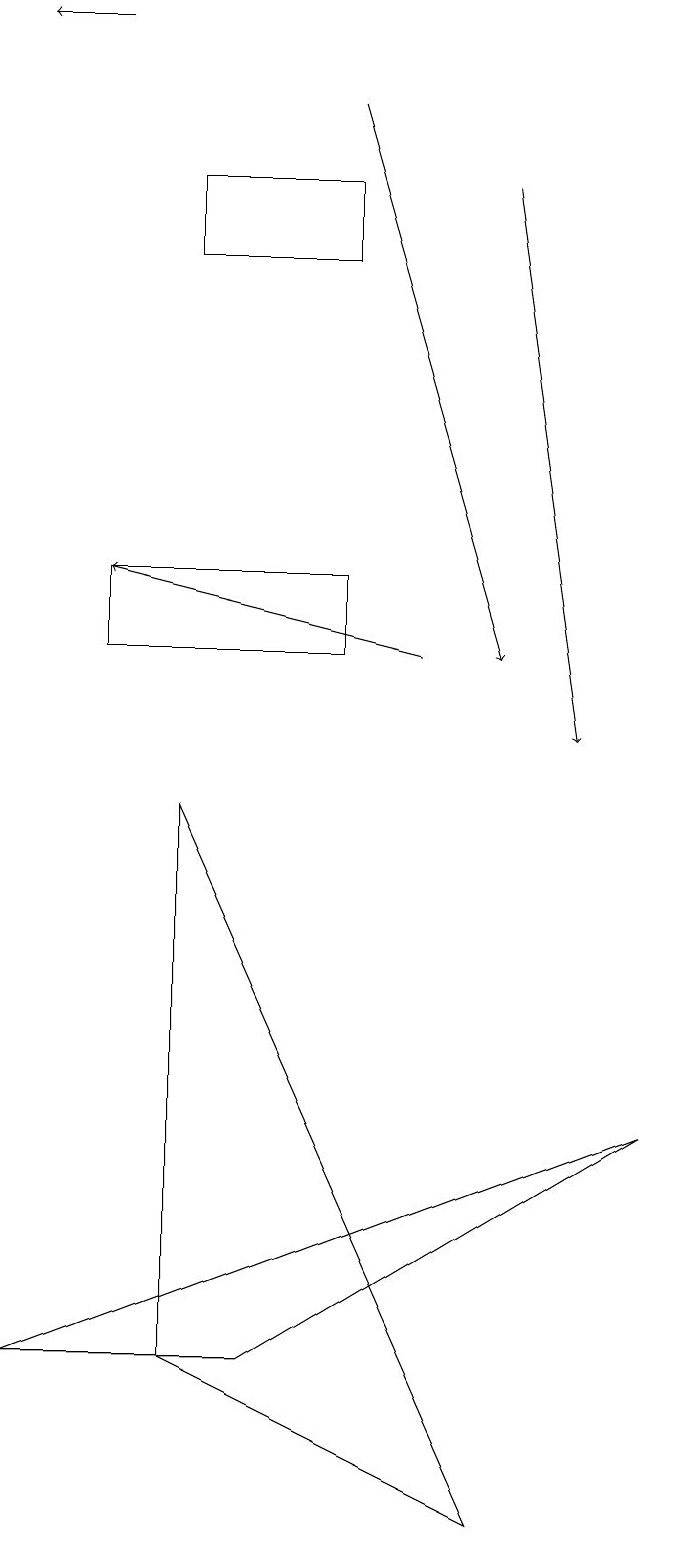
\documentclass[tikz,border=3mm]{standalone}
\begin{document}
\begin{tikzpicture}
\draw[->] (6,17) -- (7,10);
\draw[->] (1,19) -- (0,19);
\draw (6,0) -- (2,2) -- (2,9) -- cycle;
\draw (4,16) rectangle (2,17);
\draw[->] (4,18) -- (6,11);
\draw (4,12) rectangle (1,11);
\draw[->] (5,11) -- (1,12);
\draw (8,5) -- (3,2) -- (0,2) -- cycle;
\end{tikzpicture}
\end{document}